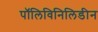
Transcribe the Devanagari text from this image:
पॉलिविनिलिडीन